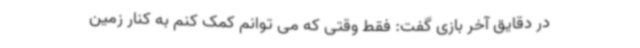
در دقایق آخر بازی گفت: فقط وقتی که می توانم کمک کنم به کنار زمین